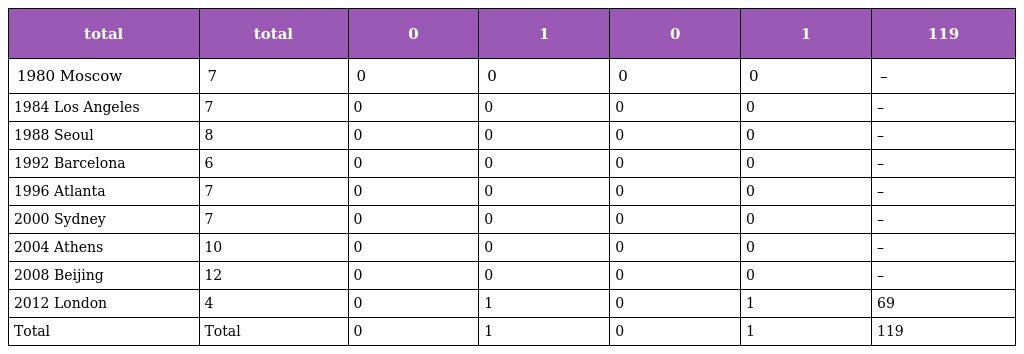
| total | total | 0 | 1 | 0 | 1 | 119 |
 | --- | --- | --- | --- | --- | --- | --- |
 | 1980 Moscow | 7 | 0 | 0 | 0 | 0 | – |
 | 1984 Los Angeles | 7 | 0 | 0 | 0 | 0 | – |
 | 1988 Seoul | 8 | 0 | 0 | 0 | 0 | – |
 | 1992 Barcelona | 6 | 0 | 0 | 0 | 0 | – |
 | 1996 Atlanta | 7 | 0 | 0 | 0 | 0 | – |
 | 2000 Sydney | 7 | 0 | 0 | 0 | 0 | – |
 | 2004 Athens | 10 | 0 | 0 | 0 | 0 | – |
 | 2008 Beijing | 12 | 0 | 0 | 0 | 0 | – |
 | 2012 London | 4 | 0 | 1 | 0 | 1 | 69 |
 | Total | Total | 0 | 1 | 0 | 1 | 119 |